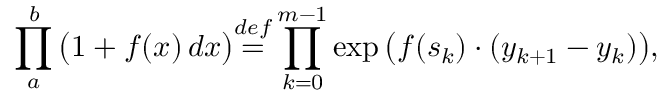
\prod _ { a } ^ { b } { \big ( } 1 + f ( x ) \, d x { \big ) } { \overset { d e f } { = } } \prod _ { k = 0 } ^ { m - 1 } \exp { \big ( } f ( s _ { k } ) \cdot ( y _ { k + 1 } - y _ { k } ) { \big ) } ,